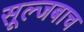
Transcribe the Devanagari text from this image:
सूल्जबाच